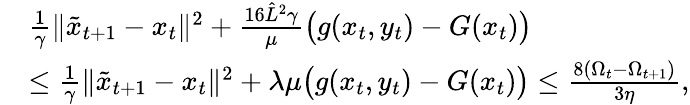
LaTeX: \begin{array}{rl}&{\frac{1}{\gamma}\| \tilde{x}_{t+1}-x_{t}\| ^{2}+\frac{16\hat{L}^{2}\gamma}{\mu}\big(g(x_{t},y_{t})-G(x_{t})\big)}\\ &{\leq\frac{1}{\gamma}\| \tilde{x}_{t+1}-x_{t}\| ^{2}+\lambda\mu\big(g(x_{t},y_{t})-G(x_{t})\big)\leq\frac{8(\Omega_{t}-\Omega_{t+1})}{3\eta},}\end{array}